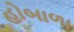
હોબાળા